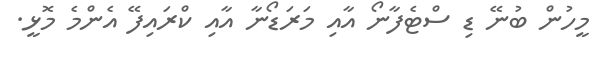
މީހުން ބުނޭ ޑި ސްޓެފާނޯ އާއި މަރަޑޯނާ އާއި ކްރައިފޭ އެންމެ މޮޅީ.